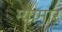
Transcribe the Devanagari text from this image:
म्यामार